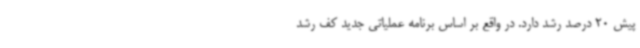
پیش 20 درصد رشد دارد. در واقع بر اساس برنامه عملیاتی جدید کف رشد